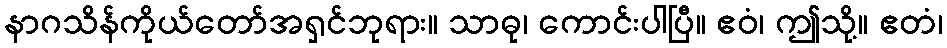
နာဂသိန်ကိုယ်တော်အရှင်ဘုရား။ သာဓု၊ ကောင်းပါပြီ။ ဧဝံ၊ ဤသို့။ ဧတံ၊